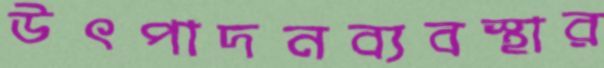
উৎপাদনব্যবস্থার